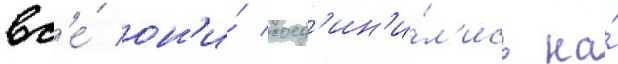
вс'е́ он'и́ соед'ин'и́л'ись на́